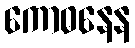
ကောဓနေန